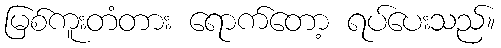
မြစ်ကူးတံတား ရောက်တော့ ရပ်ပေးသည်။